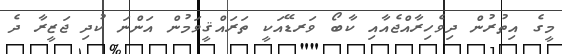
މީގެ އިތުރުން ދިވެހިރާއްޖެއާއި ކާބޯ ވަރޑޭއަކީ ތަރައްޤީވަމުން އަންނަ ކުދި ޖަޒީރާ ދެ